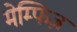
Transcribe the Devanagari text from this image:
मेम्फिज़